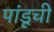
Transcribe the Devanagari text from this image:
पांडूची